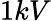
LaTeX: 1kV